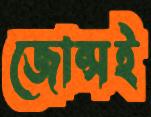
জোন্সই